Indian journal of veterinary science and animal husbandry - Volume 10,
Year: 1940
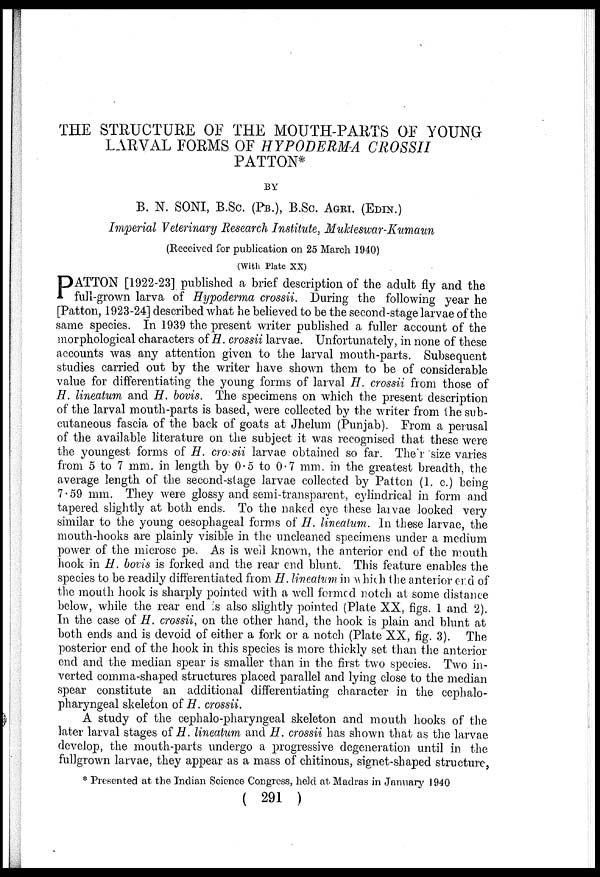
THE STRUCTURE OF THE MOUTH-PARTS OF YOUNG
LARVAL FORMS OF HYPODERMA CROSSII
PATTON*
BY
B. N. SONI, B.Sc. (PB.), B.Sc. AGRI. (EDIN.)
Imperial Veterinary Research Institute, Mukteswar-Kumaun
(Received for publication on 25 March 1940)
(With Plate XX)
P ATTON [1922-23] published a brief description of the adult fly and the
full-grown larva of Hypoderma crossii. During the following year he
[Patton, 1923-24] described what he believed to be the second-stage larvae of the
same species. In 1939 the present writer published a fuller account of the
morphological characters of H. crossii larvae. Unfortunately, in none of these
accounts was any attention given to the larval mouth-parts. Subsequent
studies carried out by the writer have shown them to be of considerable
value for differentiating the young forms of larval H. crossii from those of
H. lineatum and H. bovis. The specimens on which the present description
of the larval mouth-parts is based, were collected by the writer from the sub-
cutaneous fascia of the back of goats at Jhelum (Punjab). From a perusal
of the available literature on the subject it was recognised that these were
the youngest forms of H. crossii larvae obtained so far. Their size varies
from 5 to 7 mm. in length by 0.5 to 0.7 mm. in the greatest breadth, the
average length of the second-stage larvae collected by Patton (1. c.) being
7.59 mm. They were glossy and semi-transparent, cylindrical in form and
tapered slightly at both ends. To the naked eye these larvae looked very
similar to the young oesophageal forms of H. lineatum. In these larvae, the
mouth-hooks are plainly visible in the uncleaned specimens under a medium
power of the microscope. As is well known, the anterior end of the mouth
hook in H. bovis is forked and the rear end blunt. This feature enables the
species to be readily differentiated from H. lineatum in which the anterior end of
the mouth hook is sharply pointed with a well formed notch at some distance
below, while the rear end is also slightly pointed (Plate XX, figs. 1 and 2).
In the case of H. crossii, on the other hand, the hook is plain and blunt at
both ends and is devoid of either a fork or a notch (Plate XX, fig. 3). The
posterior end of the hook in this species is more thickly set than the anterior
end and the median spear is smaller than in the first two species. Two in-
verted comma-shaped structures placed parallel and lying close to the median
spear constitute an additional differentiating character in the cephalo-
pharyngeal skeleton of H. crossii.
A study of the cephalo-pharyngeal skeleton and mouth hooks of the
later larval stages of H. lineatum and H. crossii has shown that as the larvae
develop, the mouth-parts undergo a progressive degeneration until in the
fullgrown larvae, they appear as a mass of chitinous, signet-shaped structure,
* Presented at the Indian Science Congress, held at Madras in January 1940
( 291 )